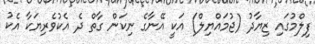
ފިލްމުގައި ޒިޔާދު (ޖުމައްޔިލް) އަކީ އޭނާގެ ނިކަން ގާތް ދެ އެކުވެރިޔަކާ އެކު